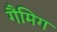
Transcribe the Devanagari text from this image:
गैमिग